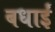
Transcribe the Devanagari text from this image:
बधाईं